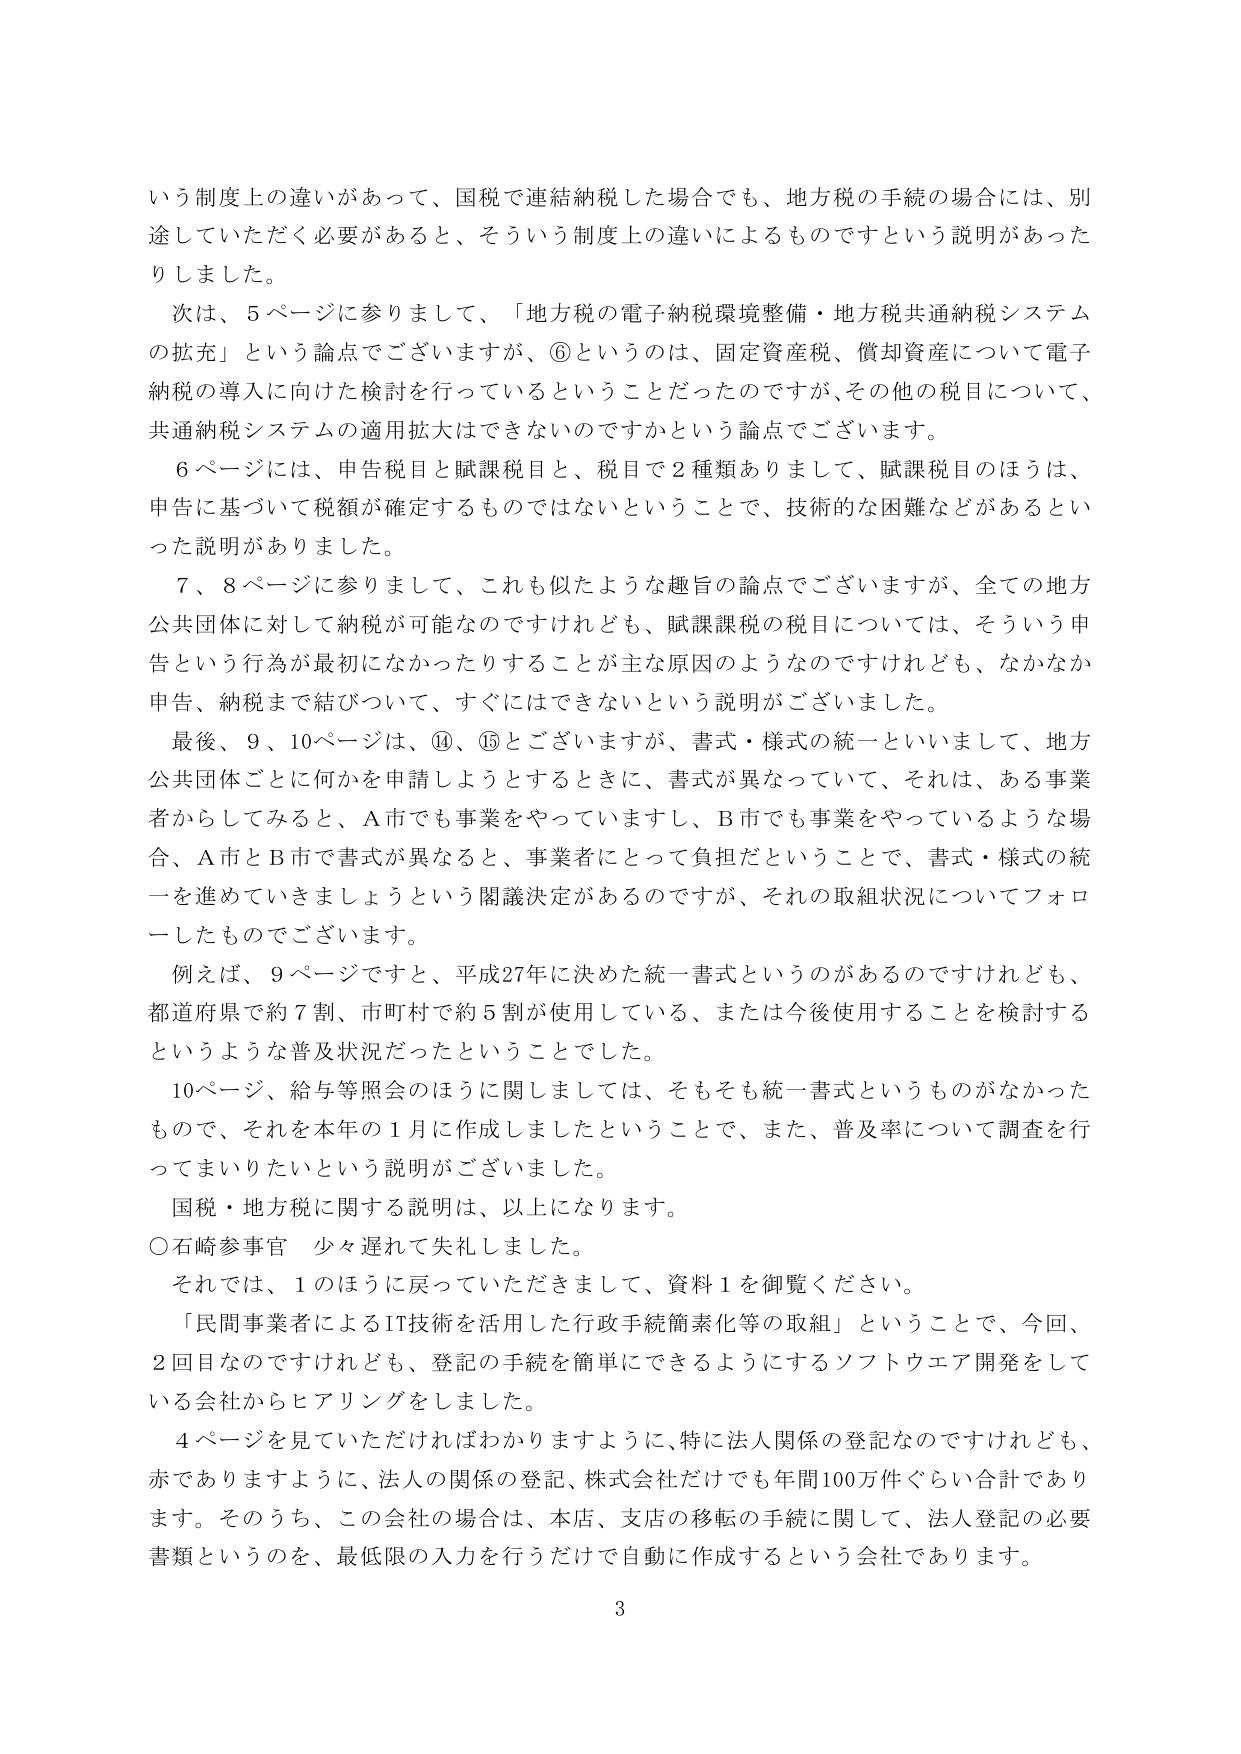
いう制度上の違いがあって、国税で連結納税した場合でも、地方税の手続の場合には、別途していただく必要があると、そういう制度上の違いによるものですという説明がありました。

次は、5ページに参りまして、「地方税の電子納税環境整備・地方税共通納税システムの拡充」という論点でございますが、⑥というのは、固定資産税、償却資産について電子納税の導入に向けた検討を行っているということだったのですが、その他の税目について、共通納税システムの適用拡大はできないのですかという論点でございます。

6ページには、申告税目と賦課税目と、税目で2種類ありまして、賦課税目のほうは、申告に基づいて税額が確定するものではないということで、技術的な困難などがあるといった説明がありました。

7、8ページに参りまして、これも似たような趣旨の論点でございますが、全ての地方公共団体に対して納税が可能なのですが、賦課課税の税目については、そういう申告という行為が最初になかったりすることが主な原因のようなのですが、なかなか申告、納税まで結びついて、すぐにはできないという説明がございました。

最後、9、10ページは、⑭、⑮とございますが、書式・様式の統一といいまして、地方公共団体ごとに何かを申請しようとするときに、書式が異なっていて、それは、ある事業者からしてみると、A市でも事業をやっていまし、B市でも事業をやっているような場合、A市とB市で書式が異なると、事業者にとって負担だということで、書式・様式の統一を進めていきましょうという関議決定があるのですが、それの取組状況についてフォローしたものでございます。

例えば、9ページですと、平成27年に決めた統一書式というのがあるのですが、都道府県で約7割、市町村で約5割が使用している、または今後使用することを検討するというような普及状況だったということでした。

10ページ、給与等照会のほうに関しましては、そもそも統一書式というものがなかったもので、それを本年の1月に作成しましたということで、また、普及率について調査を行ってまいりたいという説明がございました。

国税・地方税に関する説明は、以上になります。

○石崎参事官　少々遅れて失礼しました。

それでは、1のほうに戻っていただきまして、資料1を御覧ください。

「民間事業者によるIT技術を活用した行政手続簡素化等の取組」ということで、今回、2回目なのですが、登記の手続を簡単にできるようにするソフトウェア開発をしている会社からヒアリングをしました。

4ページを見ていただければわかりますように、特に法人関係の登記なのですが、赤でありますように、法人の関係の登記、株式会社だけでも年間100万件ぐらい合計であります。そのうち、この会社の場合は、本店、支店の移転の手続に関して、法人登記の必要書類というのを、最低限の入力を行うだけで自動に作成するという会社であります。

3